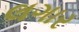
લગાર